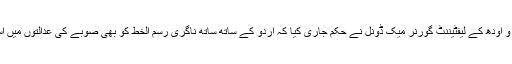
۱۹۰۰ء میں شمال مغربی صوبہ و اودھ کے لیفٹیننٹ گورنر میک ڈونل نے حکم جاری کیا کہ اُردو کے ساتھ ساتھ ناگری رسم الخط کو بھی صوبے کی عدالتوں میں استعمال کرنے کی اجازت ہو گی۔